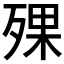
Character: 𣨪